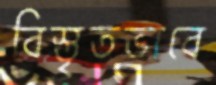
বিস্তৃতভাবে